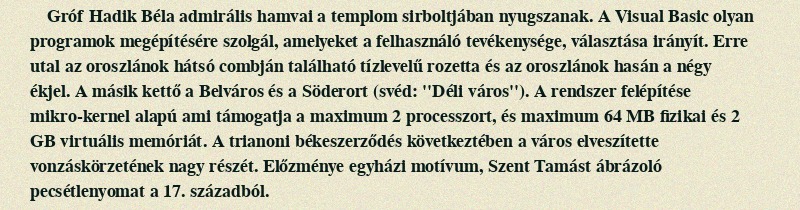
Gróf Hadik Béla admirális hamvai a templom sirboltjában nyugszanak. A Visual Basic olyan programok megépítésére szolgál, amelyeket a felhasználó tevékenysége, választása irányít. Erre utal az oroszlánok hátsó combján található tízlevelű rozetta és az oroszlánok hasán a négy ékjel. A másik kettő a Belváros és a Söderort (svéd: ''Déli város''). A rendszer felépítése mikro-kernel alapú ami támogatja a maximum 2 processzort, és maximum 64 MB fizikai és 2 GB virtuális memóriát. A trianoni békeszerződés következtében a város elveszítette vonzáskörzetének nagy részét. Előzménye egyházi motívum, Szent Tamást ábrázoló pecsétlenyomat a 17. századból.